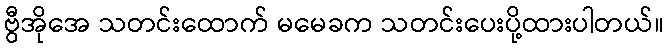
ဗွီအိုအေ သတင်းထောက် မမေခက သတင်းပေးပို့ထားပါတယ်။